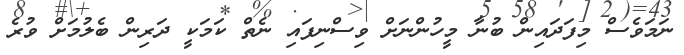
ނަމަވެސް މިފަދައިން ބުނާ މީހުންނަށް ވިސްނިފައި ނެތް ކަމަކީ ދަރިން ބެލުމަށް ވުރެ